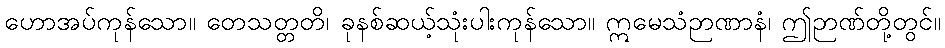
ဟောအပ်ကုန်သော။ တေသတ္တတိ၊ ခုနစ်ဆယ့်သုံးပါးကုန်သော။ ဣမေသံဉာဏာနံ၊ ဤဉာဏ်တို့တွင်။